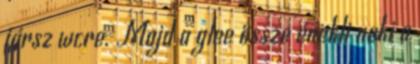
jársz wcre. Majd a glee össze énekli neki a